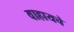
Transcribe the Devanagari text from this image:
वाहायचे